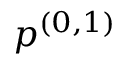
p ^ { ( 0 , 1 ) }